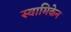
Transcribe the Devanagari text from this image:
स्वामिकेन